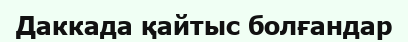
Даккада қайтыс болғандар